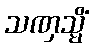
သဏှသ္မိံ